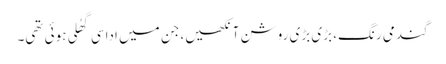
گندمی رنگ، بڑی بڑی روشن آنکھیں، جن میں اداسی گھُلی ہوئی تھی۔